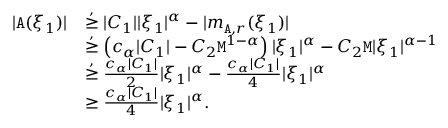
\begin{array} { r l } { | \mathtt { A } ( \xi _ { 1 } ) | } & { \overset { , } { \ge } | C _ { 1 } | | \xi _ { 1 } | ^ { \alpha } - | m _ { \mathtt { A } , r } ( \xi _ { 1 } ) | } \\ & { \overset { , } \ge \left( c _ { \alpha } | C _ { 1 } | - C _ { 2 } \mathtt { M } ^ { 1 - \alpha } \right) | \xi _ { 1 } | ^ { \alpha } - C _ { 2 } \mathtt { M } | \xi _ { 1 } | ^ { \alpha - 1 } } \\ & { \overset { , } { \ge } \frac { c _ { \alpha } | C _ { 1 } | } { 2 } | \xi _ { 1 } | ^ { \alpha } - \frac { c _ { \alpha } | C _ { 1 } | } { 4 } | \xi _ { 1 } | ^ { \alpha } } \\ & { \ge \frac { c _ { \alpha } | C _ { 1 } | } { 4 } | \xi _ { 1 } | ^ { \alpha } . } \end{array}